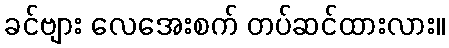
ခင်ဗျား လေအေးစက် တပ်ဆင်ထားလား။